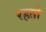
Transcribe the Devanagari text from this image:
रहतो